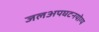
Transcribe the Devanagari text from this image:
जलअपघटनयोग्य